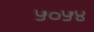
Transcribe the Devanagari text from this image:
५०५४